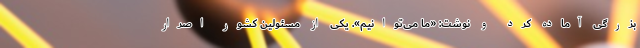
بزرگی آماده کرد و نوشت: «ما می‌توانیم». یکی از مسئولین کشور اصرار